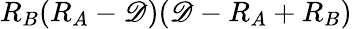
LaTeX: R_{B}(R_{A}-\mathscr{D})(\mathscr{D}-R_{A}+R_{B})